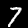
Digit: 7